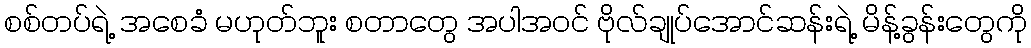
စစ်တပ်ရဲ့ အစေခံ မဟုတ်ဘူး စတာတွေ အပါအဝင် ဗိုလ်ချုပ်အောင်ဆန်းရဲ့ မိန့်ခွန်းတွေကို